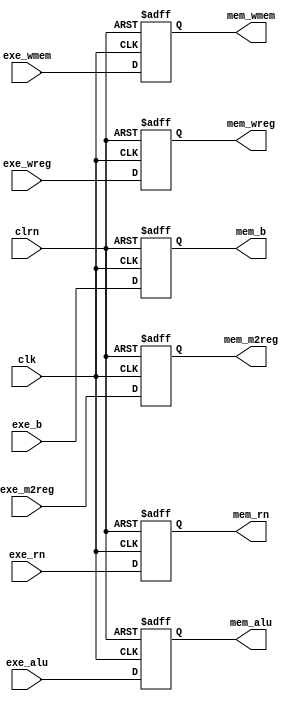
`timescale 1ns / 1ps
//////////////////////////////////////////////////////////////////////////////////
// Company: 
// Engineer: 
// 
// Design Name: 
// Module Name: pipe_em_reg
// Project Name: 
// Target Devices: 
// Tool Versions: 
// Description: 
// 
// Dependencies: 
// 
// Revision:
// Revision 0.01 - File Created
// Additional Comments:
// 
//////////////////////////////////////////////////////////////////////////////////


module pipe_em_reg #(parameter WIDTH=32, REGBITS=5)(
    input clk,
    input clrn,
    input [WIDTH-1:0] exe_alu,
    input [WIDTH-1:0] exe_b,
    input [REGBITS-1:0] exe_rn,
    input exe_wreg,
    input exe_m2reg,
    input exe_wmem,
    output reg [WIDTH-1:0] mem_alu,
    output reg [WIDTH-1:0] mem_b,
    output reg [REGBITS-1:0] mem_rn,
    output reg mem_wreg,
    output reg mem_m2reg,
    output reg mem_wmem);

    always @(posedge clk or negedge clrn) begin
        if (!clrn) begin
            mem_alu <= 0;
            mem_b <= 0;
            mem_rn <= 0;
            mem_wreg <= 0;
            mem_m2reg <= 0;
            mem_wmem <= 0;
        end else begin
            mem_alu <= exe_alu;
            mem_b <= exe_b;
            mem_rn <= exe_rn;
            mem_wreg <= exe_wreg;
            mem_m2reg <= exe_m2reg;
            mem_wmem <= exe_wmem;
        end
    end
endmodule